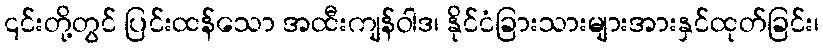
၎င်းတို့တွင် ပြင်းထန်သော အထီးကျန်ဝါဒ၊ နိုင်ငံခြားသားများအားနှင်ထုတ်ခြင်း၊